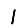
Digit: 1